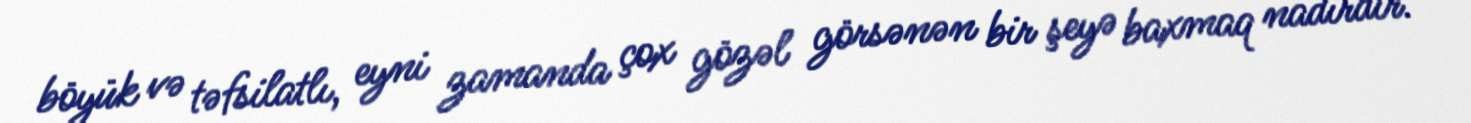
böyük və təfsilatlı, eyni zamanda çox gözəl görsənən bir şeyə baxmaq nadirdir.